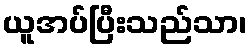
ယူအပ်ပြီးသည်သာ၊